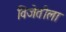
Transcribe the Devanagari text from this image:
विजेतीला